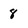
Character: 8